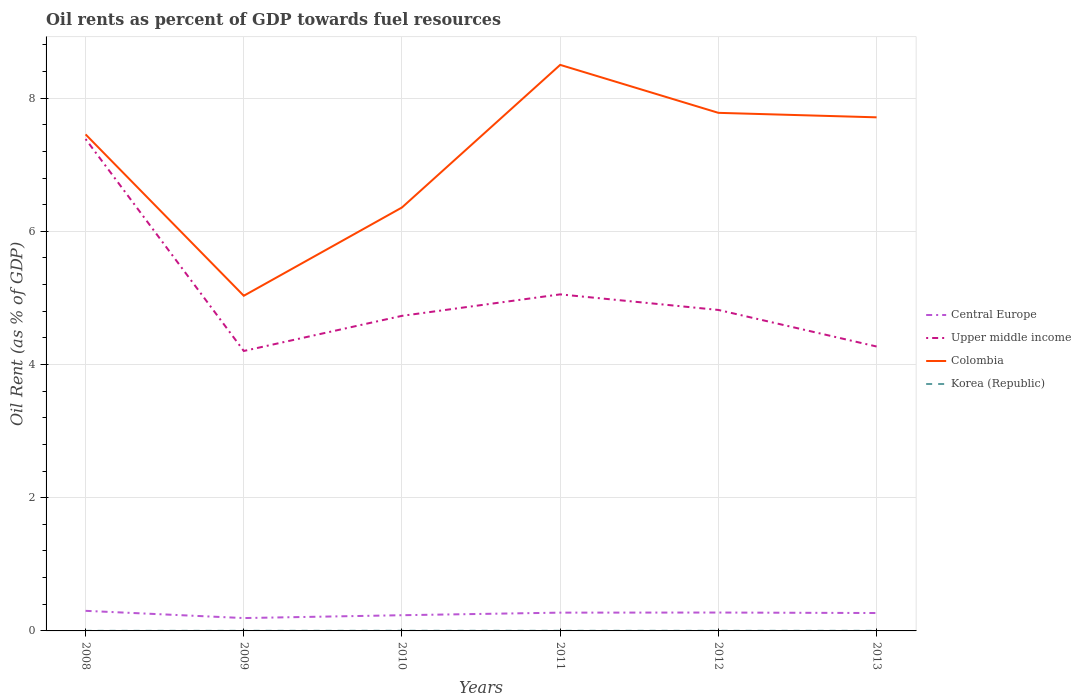
| Years | Central Europe | Upper middle income | Colombia | Korea (Republic) |
 | --- | --- | --- | --- | --- |
 | 2008 | 0.302 | 7.39 | 7.46 | 0.00135 |
 | 2009 | 0.193 | 4.2 | 5.03 | 0.00175 |
 | 2010 | 0.236 | 4.73 | 6.36 | 0.00239 |
 | 2011 | 0.274 | 5.05 | 8.5 | 0.00214 |
 | 2012 | 0.276 | 4.82 | 7.78 | 0.00191 |
 | 2013 | 0.269 | 4.27 | 7.71 | 0.00192 |